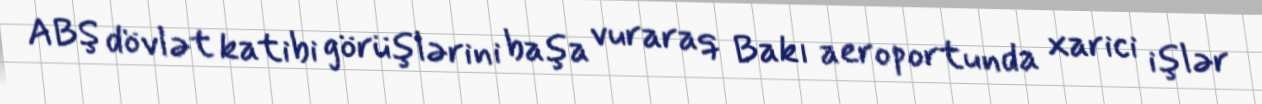
ABŞ dövlət katibi görüşlərini başa vuraraq Bakı aeroportunda xarici işlər